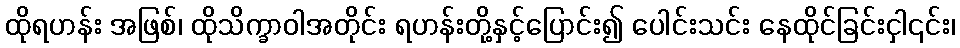
ထိုရဟန်း အဖြစ်၊ ထိုသိက္ခာဝါအတိုင်း ရဟန်းတို့နှင့်ပြောင်း၍ ပေါင်းသင်း နေထိုင်ခြင်းငှါ၎င်း၊